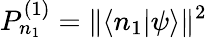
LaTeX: P_{n_{1}}^{(1)}=\| \langle n_{1}|\psi\rangle\| ^{2}